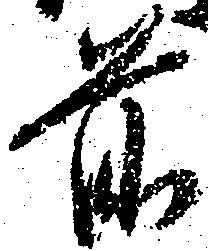
前